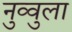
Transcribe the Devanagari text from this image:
नुव्वुला